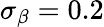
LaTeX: \sigma_{\beta}=0.2